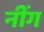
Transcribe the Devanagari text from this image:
नींग